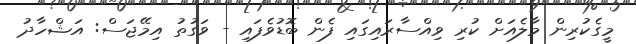
މީގެކުރިން މާލެއަށް ކުރި ވިއްސާރައިގައި ފެން ބޮޑުވެފައި - ވަގުތު އިމޭޖަސް: އަޝްހާދު